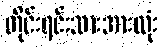
တိုင်းရင်းသားအားလုံး